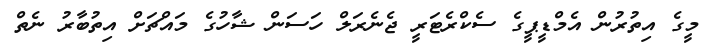
މީގެ އިތުރުން އެމްޑީޕީގެ ސެކްރެޓަރީ ޖެނެރަލް ހަސަން ޝާހުގެ މައްޗަށް އިތުބާރު ނެތް